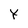
Character: Y